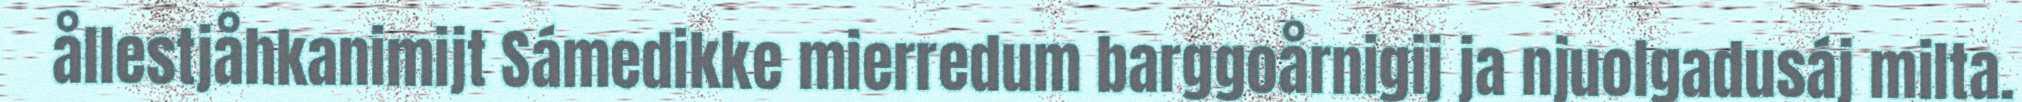
ållestjåhkanimijt Sámedikke mierredum barggoårnigij ja njuolgadusáj milta.